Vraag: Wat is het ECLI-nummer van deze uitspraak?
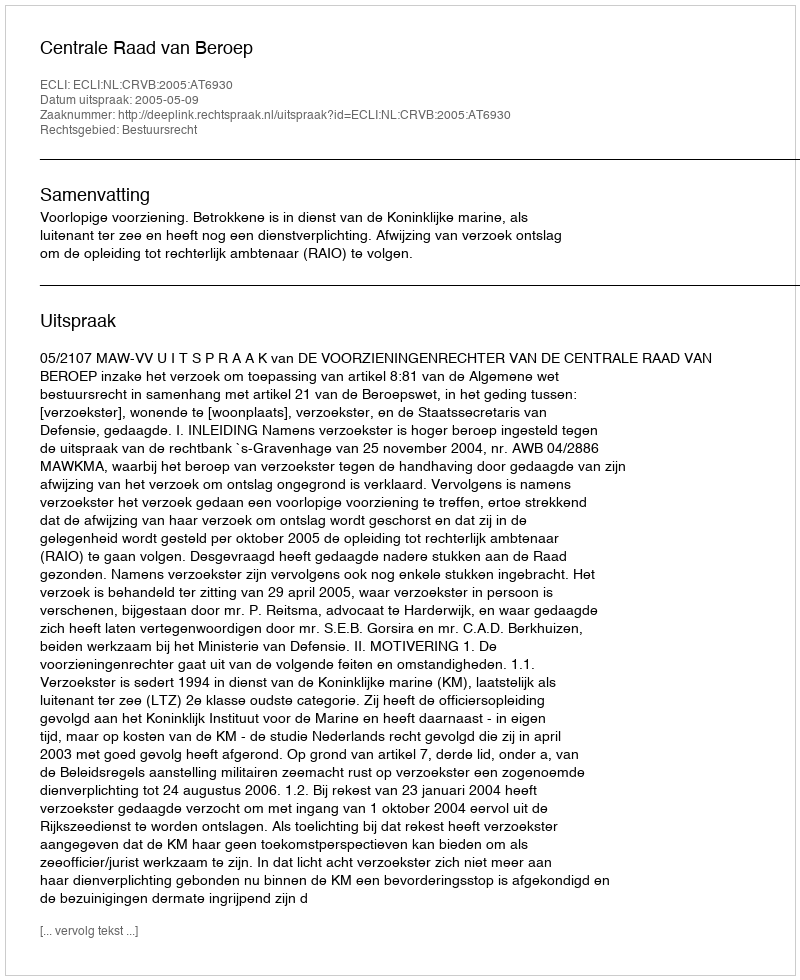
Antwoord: ECLI:NL:CRVB:2005:AT6930